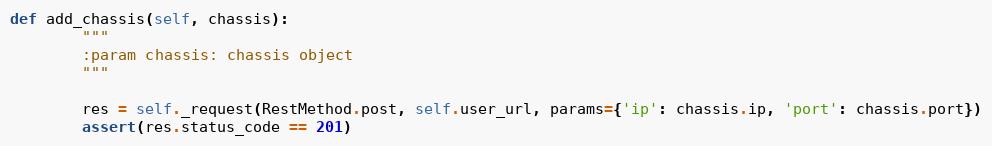
Language: Python
def add_chassis(self, chassis):
        """
        :param chassis: chassis object
        """

        res = self._request(RestMethod.post, self.user_url, params={'ip': chassis.ip, 'port': chassis.port})
        assert(res.status_code == 201)